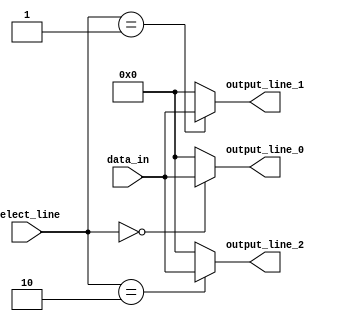
module demultiplexer (
    input [7:0] data_in,
    input [2:0] select_line,
    output reg [7:0] output_line_0,
    output reg [7:0] output_line_1,
    output reg [7:0] output_line_2
);

always @(*) begin
    case (select_line)
        3'b000: begin
            output_line_0 = data_in;
            output_line_1 = 8'b00000000;
            output_line_2 = 8'b00000000;
        end
        3'b001: begin
            output_line_0 = 8'b00000000;
            output_line_1 = data_in;
            output_line_2 = 8'b00000000;
        end
        3'b010: begin
            output_line_0 = 8'b00000000;
            output_line_1 = 8'b00000000;
            output_line_2 = data_in;
        end
        default: begin
            output_line_0 = 8'b00000000;
            output_line_1 = 8'b00000000;
            output_line_2 = 8'b00000000;
        end
    endcase
end

endmodule